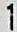
1